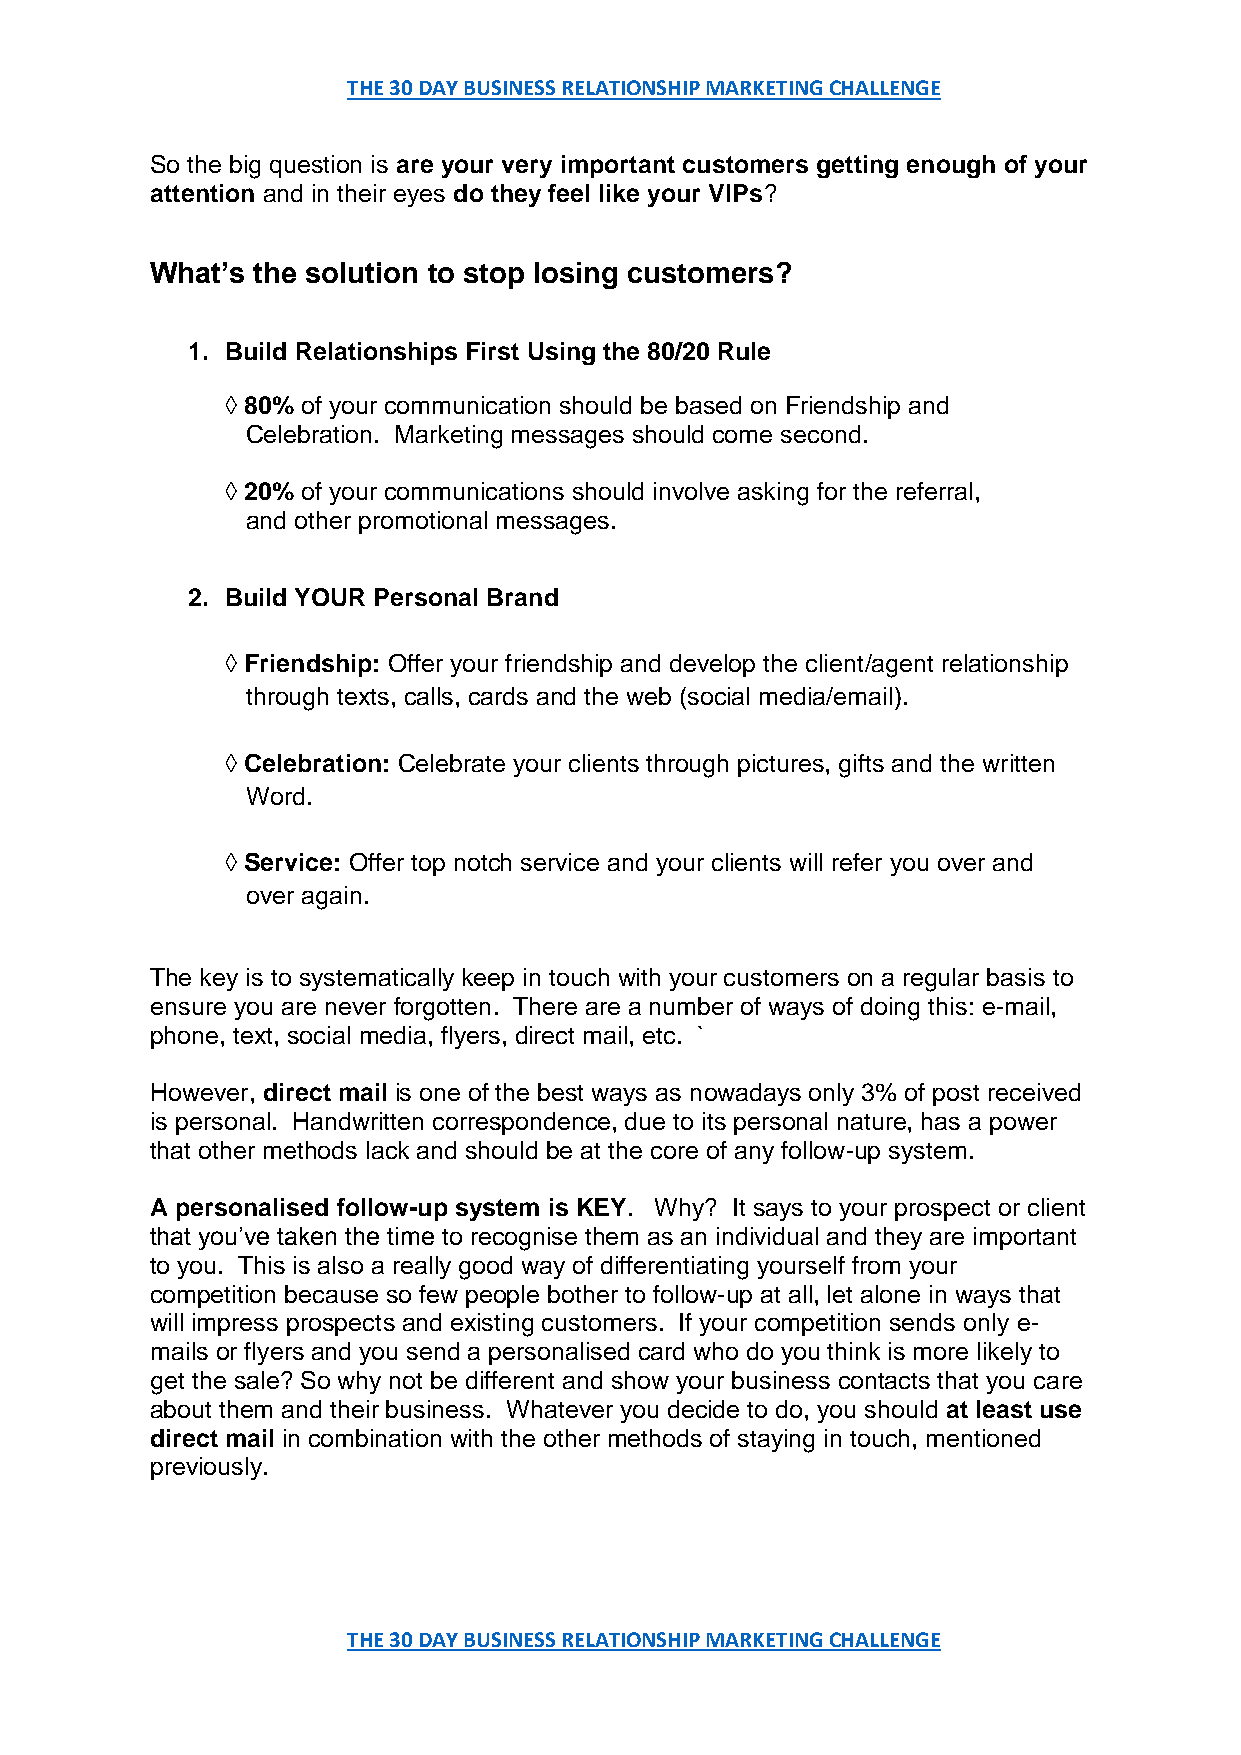
THE 30 DAY BUSINESS RELATIONSHIP MARKETING CHALLENGE
 So the big question is are your very important customers getting enough of your
 attention and in their eyes do they feel like your VIPs?
 What’s the solution to stop losing customers?
 1. Build Relationships First Using the 80/20 Rule
 ◊ 80% of your communication should be based on Friendship and
 Celebration. Marketing messages should come second.
 ◊ 20% of your communications should involve asking for the referral,
 and other promotional messages.
 2. Build YOUR Personal Brand
 ◊ Friendship: Offer your friendship and develop the client/agent relationship
 through texts, calls, cards and the web (social media/email).
 ◊ Celebration: Celebrate your clients through pictures, gifts and the written
 Word.
 ◊ Service: Offer top notch service and your clients will refer you over and
 over again.
 The key is to systematically keep in touch with your customers on a regular basis to
 ensure you are never forgotten. There are a number of ways of doing this: e-mail,
 phone, text, social media, flyers, direct mail, etc. `
 However, direct mail is one of the best ways as nowadays only 3% of post received
 is personal. Handwritten correspondence, due to its personal nature, has a power
 that other methods lack and should be at the core of any follow-up system.
 A personalised follow-up system is KEY. Why? It says to your prospect or client
 that you’ve taken the time to recognise them as an individual and they are important
 to you. This is also a really good way of differentiating yourself from your
 competition because so few people bother to follow-up at all, let alone in ways that
 will impress prospects and existing customers. If your competition sends only e-
 mails or flyers and you send a personalised card who do you think is more likely to
 get the sale? So why not be different and show your business contacts that you care
 about them and their business. Whatever you decide to do, you should at least use
 direct mail in combination with the other methods of staying in touch, mentioned
 previously.
 THE 30 DAY BUSINESS RELATIONSHIP MARKETING CHALLENGE